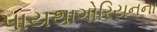
પાયથાગોરિયનના